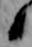
候